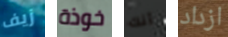
زيف خوذة أنك ازداد